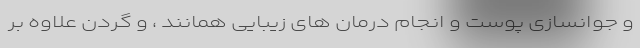
و جوانسازی پوست و انجام درمان های زیبایی همانند ، و گردن علاوه بر